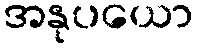
အနုပယော